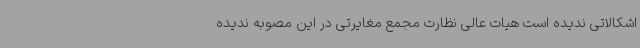
اشکالاتی ندیده است هیات عالی نظارت مجمع مغایرتی در این مصوبه ندیده